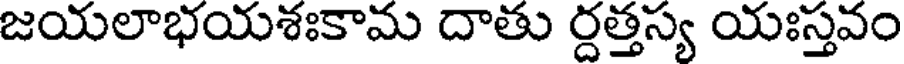
జయలాభయశఃకామ దాతు ర్దత్తస్య యఃస్తవం